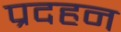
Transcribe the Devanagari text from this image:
प्रदहन